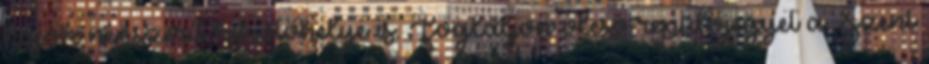
hajók népszerű kikötőhelye is. Foglaljon olcsó repülőjegyet a Szent